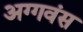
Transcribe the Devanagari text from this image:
अग्गवंस